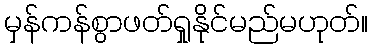
မှန်ကန်စွာဖတ်ရှုနိုင်မည်မဟုတ်။